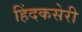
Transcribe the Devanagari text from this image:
हिंदकसेरी